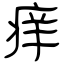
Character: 痒